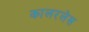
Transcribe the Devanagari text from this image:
कालरलेस